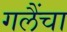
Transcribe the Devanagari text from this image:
गलैंचा